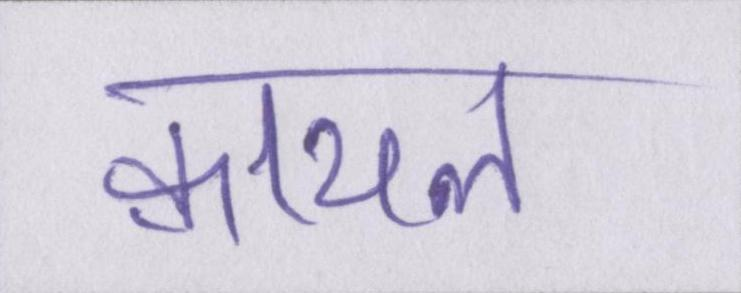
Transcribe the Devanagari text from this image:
क़ायल